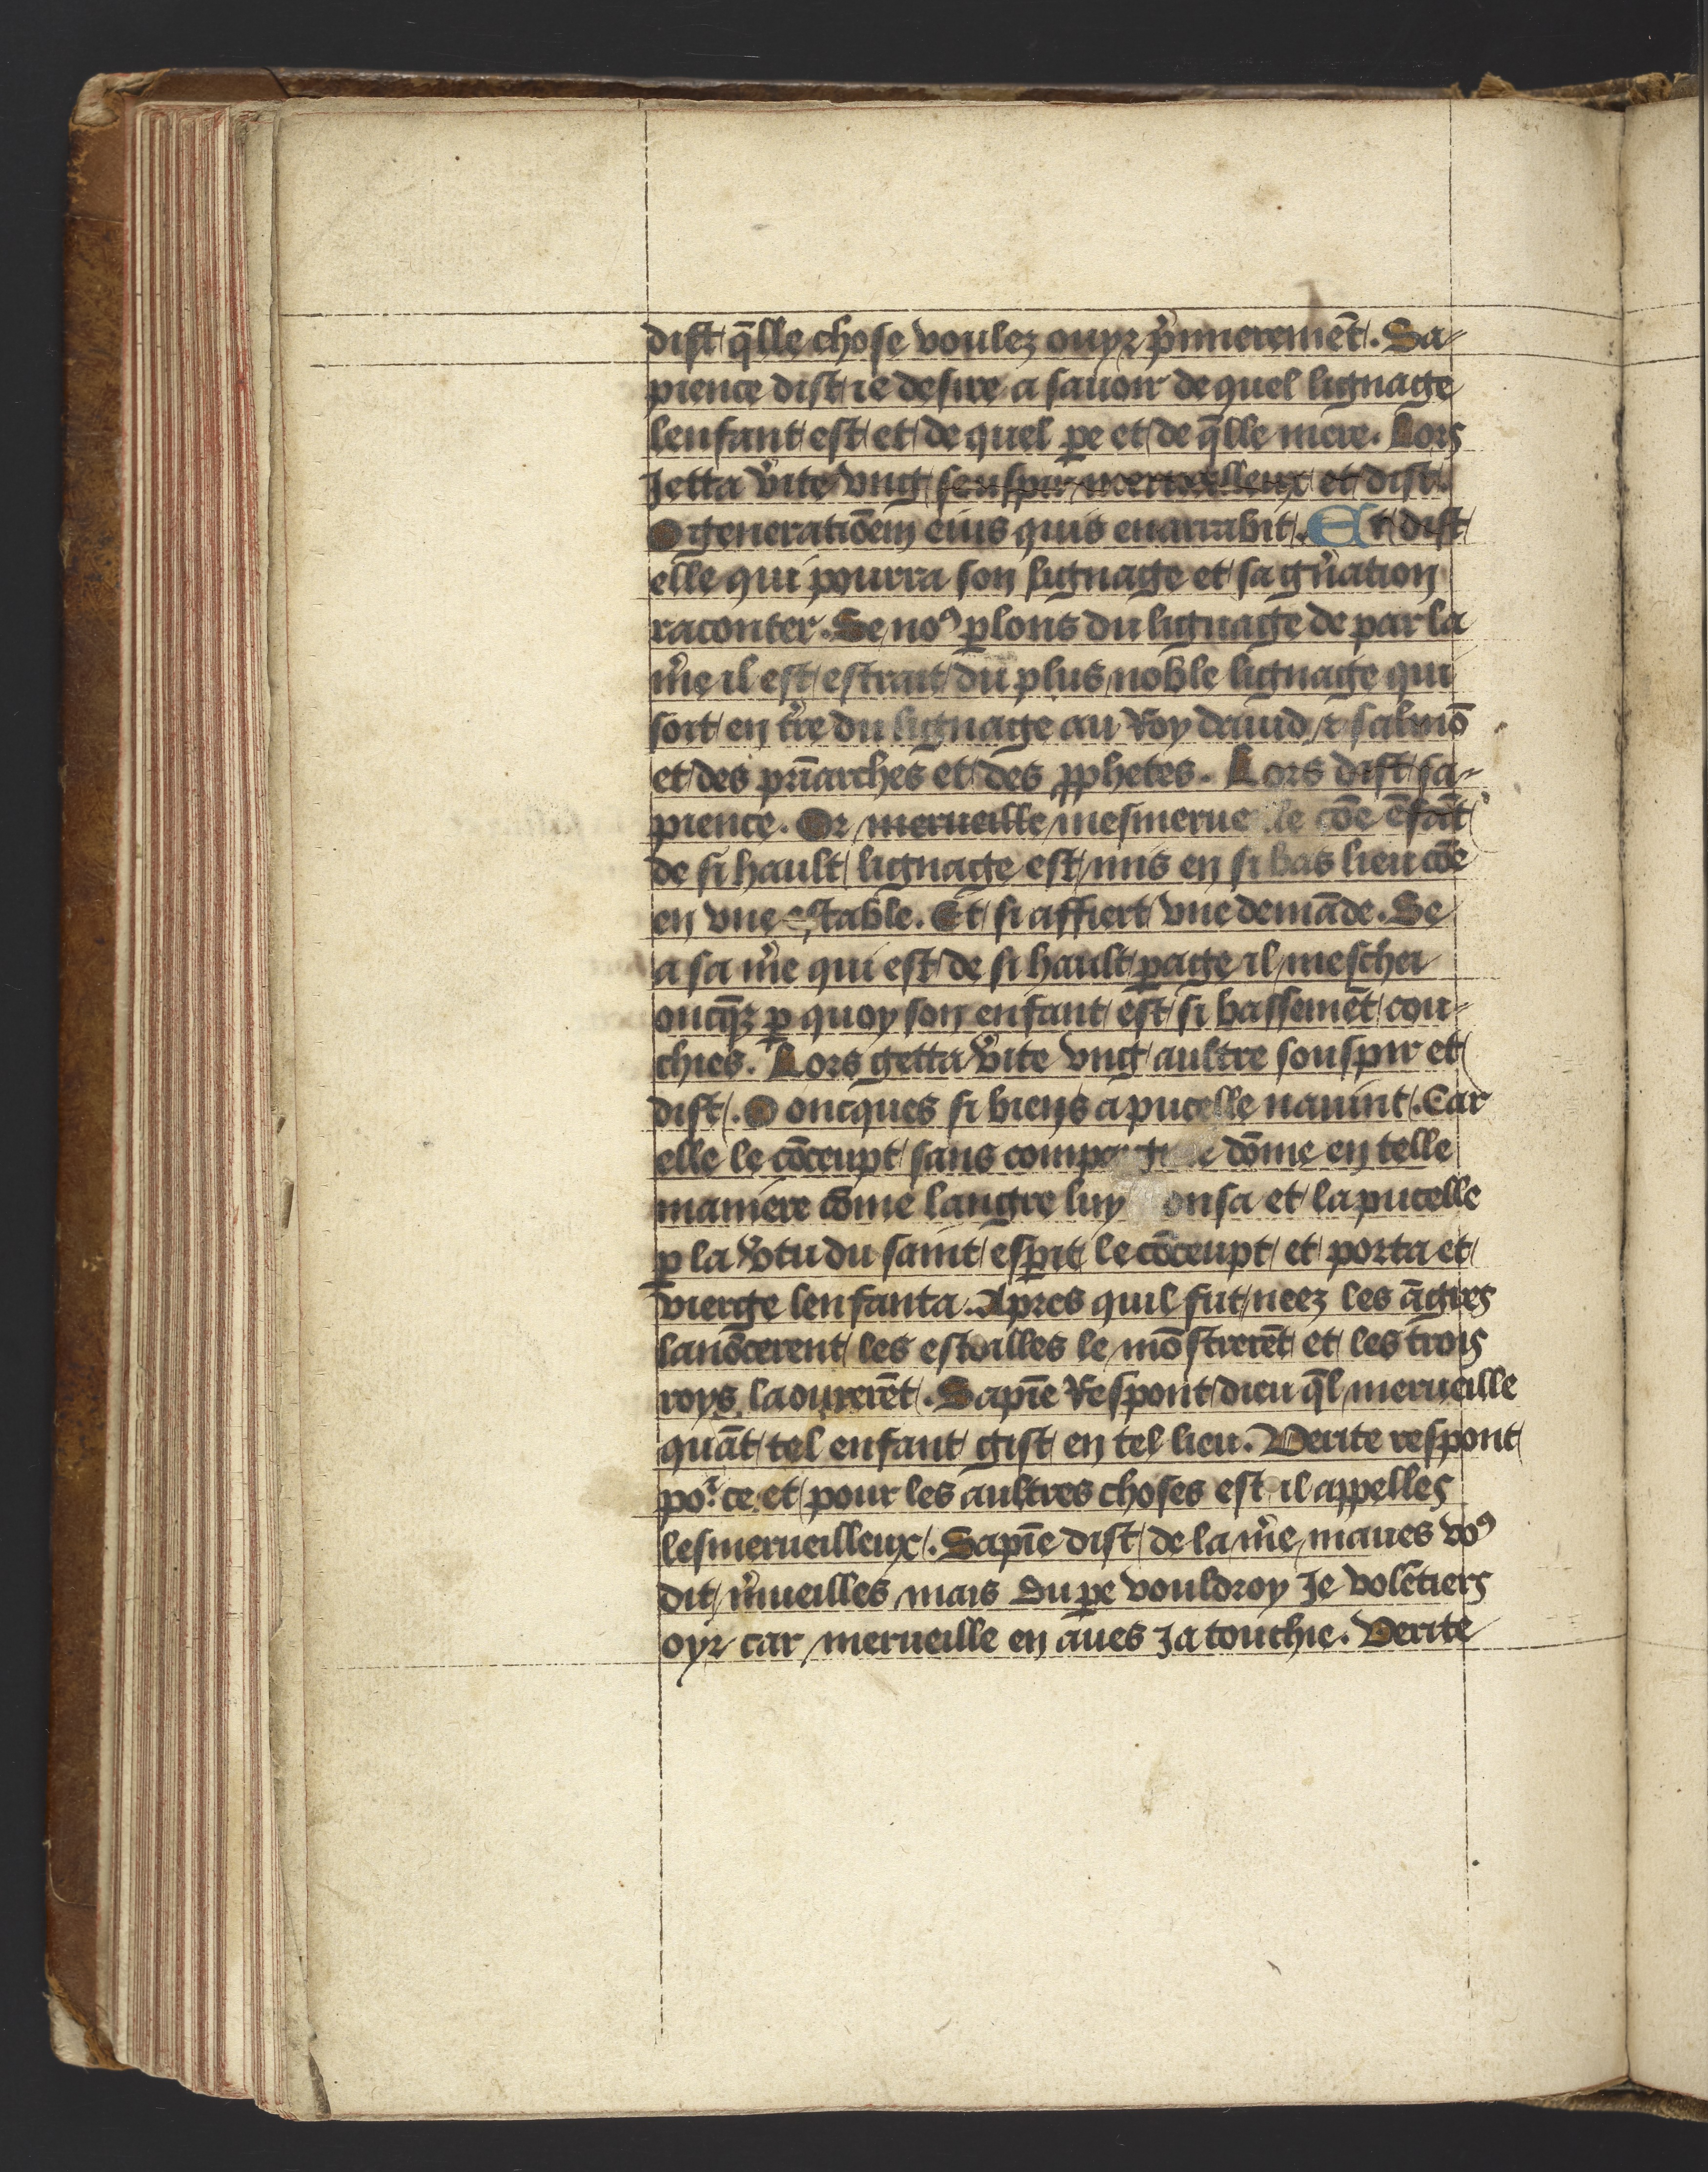
Shelfmark: Philadelphia, University of Pennsylvania, Ms. Codex 660
Century: 14